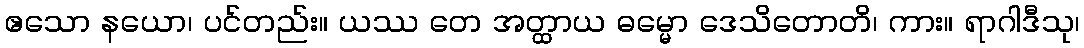
ဧသော နယော၊ ပင်တည်း။ ယဿ တေ အတ္ထာယ ဓမ္မော ဒေသိတောတိ၊ ကား။ ရာဂါဒီသု၊